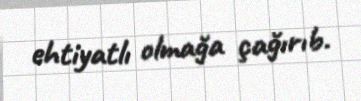
ehtiyatlı olmağa çağırıb.